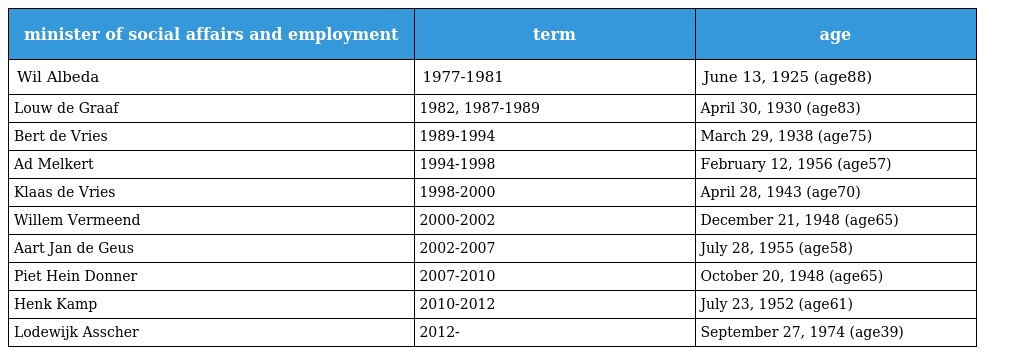
| minister of social affairs and employment | term | age |
 | --- | --- | --- |
 | Wil Albeda | 1977-1981 | June 13, 1925 (age88) |
 | Louw de Graaf | 1982, 1987-1989 | April 30, 1930 (age83) |
 | Bert de Vries | 1989-1994 | March 29, 1938 (age75) |
 | Ad Melkert | 1994-1998 | February 12, 1956 (age57) |
 | Klaas de Vries | 1998-2000 | April 28, 1943 (age70) |
 | Willem Vermeend | 2000-2002 | December 21, 1948 (age65) |
 | Aart Jan de Geus | 2002-2007 | July 28, 1955 (age58) |
 | Piet Hein Donner | 2007-2010 | October 20, 1948 (age65) |
 | Henk Kamp | 2010-2012 | July 23, 1952 (age61) |
 | Lodewijk Asscher | 2012- | September 27, 1974 (age39) |